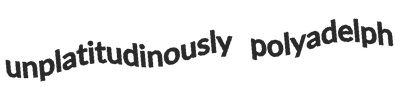
unplatitudinously polyadelph